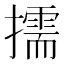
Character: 擩